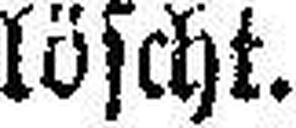
löscht.